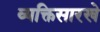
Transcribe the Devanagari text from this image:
व्यक्तिसारखे